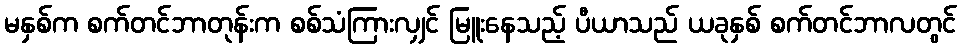
မနှစ်က စက်တင်ဘာတုန်းက စစ်သံကြားလျှင် မြူးနေသည့် ပီယာသည် ယခုနှစ် စက်တင်ဘာလတွင်